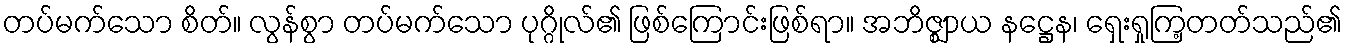
တပ်မက်သော စိတ်။ လွန်စွာ တပ်မက်သော ပုဂ္ဂိုလ်၏ ဖြစ်ကြောင်းဖြစ်ရာ။ အဘိဇ္ဈာယ နဋ္ဌေန၊ ရှေးရှုကြ့တတ်သည်၏